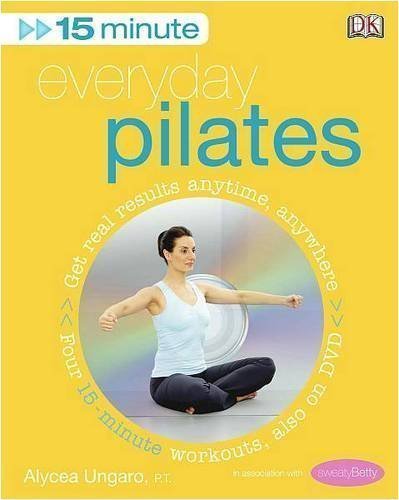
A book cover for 15-Minute Everyday Pilates: Get Real Results Anytime, Anywhere Four 15-minute workouts, also on DVD (15 Minute Fitness) by Ungaro, Alycea (2008); Health, Fitness & Dieting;